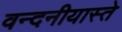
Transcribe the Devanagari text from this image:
वन्दनीयास्ते